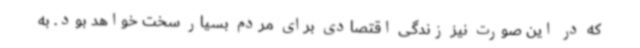
که در این صورت نیز زندگی اقتصادی برای مردم بسیار سخت خواهد بود. به